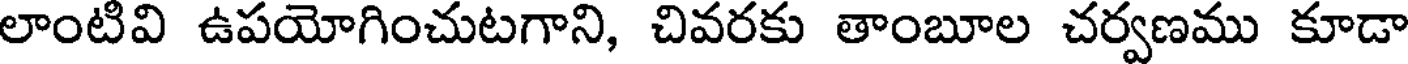
లాంటివి ఉపయోగించుటగాని, చివరకు తాంబూల చర్వణము కూడా